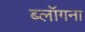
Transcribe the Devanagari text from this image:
ब्लॉगना